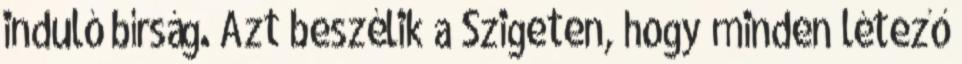
induló bírság. Azt beszélik a Szigeten, hogy minden létező